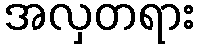
အလှတရား